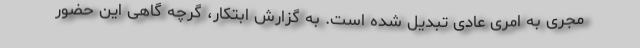
مجری به امری عادی تبدیل شده است. به گزارش ابتکار، گرچه گاهی این حضور